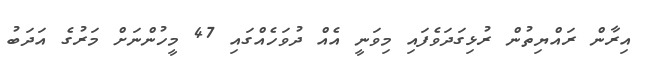
އިރާން ރައްޔިތުން ރުޅިގަދަވެފައި މިވަނީ އެއް ދުވަހެއްގައި 47 މީހުންނަށް މަރުގެ އަދަބު